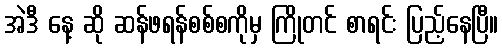
အဲဒီ နေ့ ဆို ဆန်ဖရန်စစ်စကိုမှ ကြိုတင် စာရင်း ပြည့်နေပြီ။